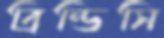
ব্রিন্ডিসি